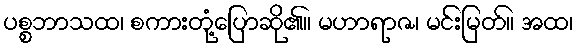
ပစ္စဘာသထ၊ စကားတုံ့ပြောဆို၏။ မဟာရာဇ၊ မင်းမြတ်။ အထ၊